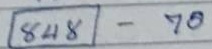
(848) - 70